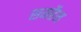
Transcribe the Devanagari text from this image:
समहैन